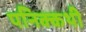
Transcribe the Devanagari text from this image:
पनिक्कथी